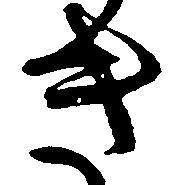
き